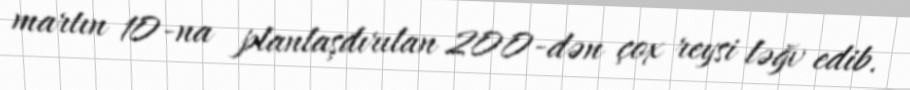
martın 10-na planlaşdırılan 200-dən çox reysi ləğv edib.